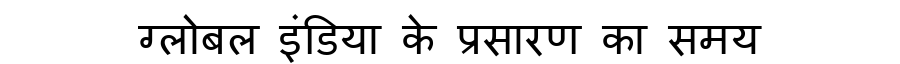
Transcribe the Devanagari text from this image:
ग्लोबल इंडिया के प्रसारण का समय